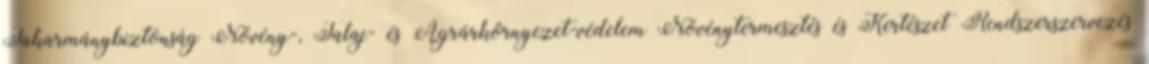
Takarmánybiztonság Növény-, Talaj- és Agrárkörnyezet-védelem Növénytermesztés és Kertészet Rendszerszervezés